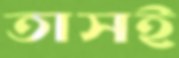
তাসই